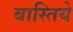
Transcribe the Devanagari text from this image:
बास्तिये